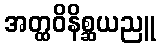
အတ္ထဝိနိစ္ဆယညူ